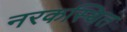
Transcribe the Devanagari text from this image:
नरकस्थित